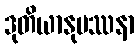
ဒုတိယာနုပဿနာ